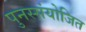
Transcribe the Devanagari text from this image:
पुनस्संयोजित